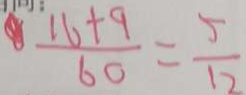
\frac { 1 6 + 9 } { 6 0 } = \frac { 5 } { 1 2 }